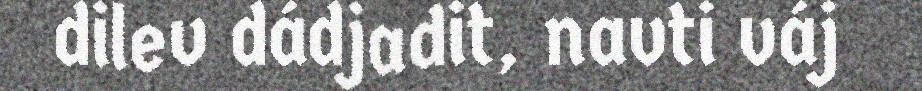
dilev dádjadit, navti váj